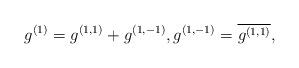
LaTeX: \begin{align*}g^{(1)}=g^{(1,1)}+g^{(1,-1)},g^{(1,-1)}=\overline{g^{(1,1)}},\end{align*}